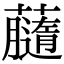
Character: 𧃚